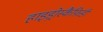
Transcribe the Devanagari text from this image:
हाइड्रोस्कैफ़िडी